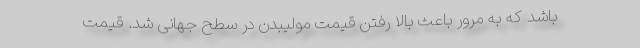
باشد که به مرور باعث بالا رفتن قیمت مولیبدن در سطح جهانی شد. قیمت